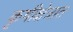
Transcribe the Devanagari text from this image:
कृषीक्षेत्रात